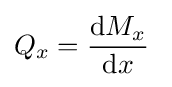
Q_{x}={\frac {\mathrm {d} M_{x}}{\mathrm {d} x}}~